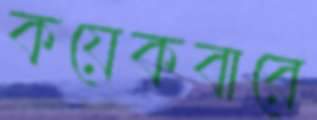
কয়েকবারে